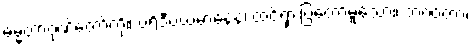
ဓမ္မတာဂုဏ်တော်ကို။ ပရိဒီပယမာနေန၊ ထင်ရှားပြတော်မူသော။ ဘဂဝတာ၊